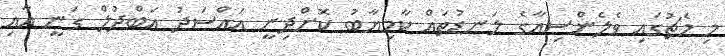
މި މެޗުގައި ވެލެންސިއާގެ ލަނޑުތައް ކާމިޔާބު ކޮށްދިނީ އައްސަދު އަބްދުލް ގަނީ އާއި